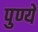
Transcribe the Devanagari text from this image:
पुण्ये